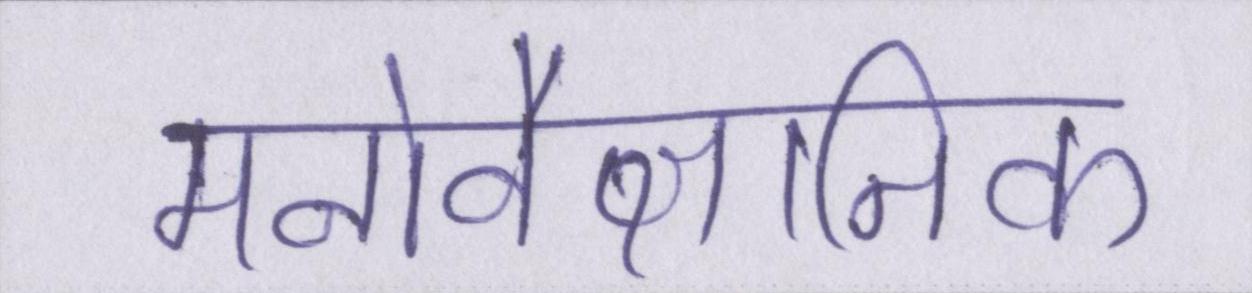
मनोवैज्ञानिक